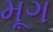
મૂગ